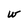
Character: w